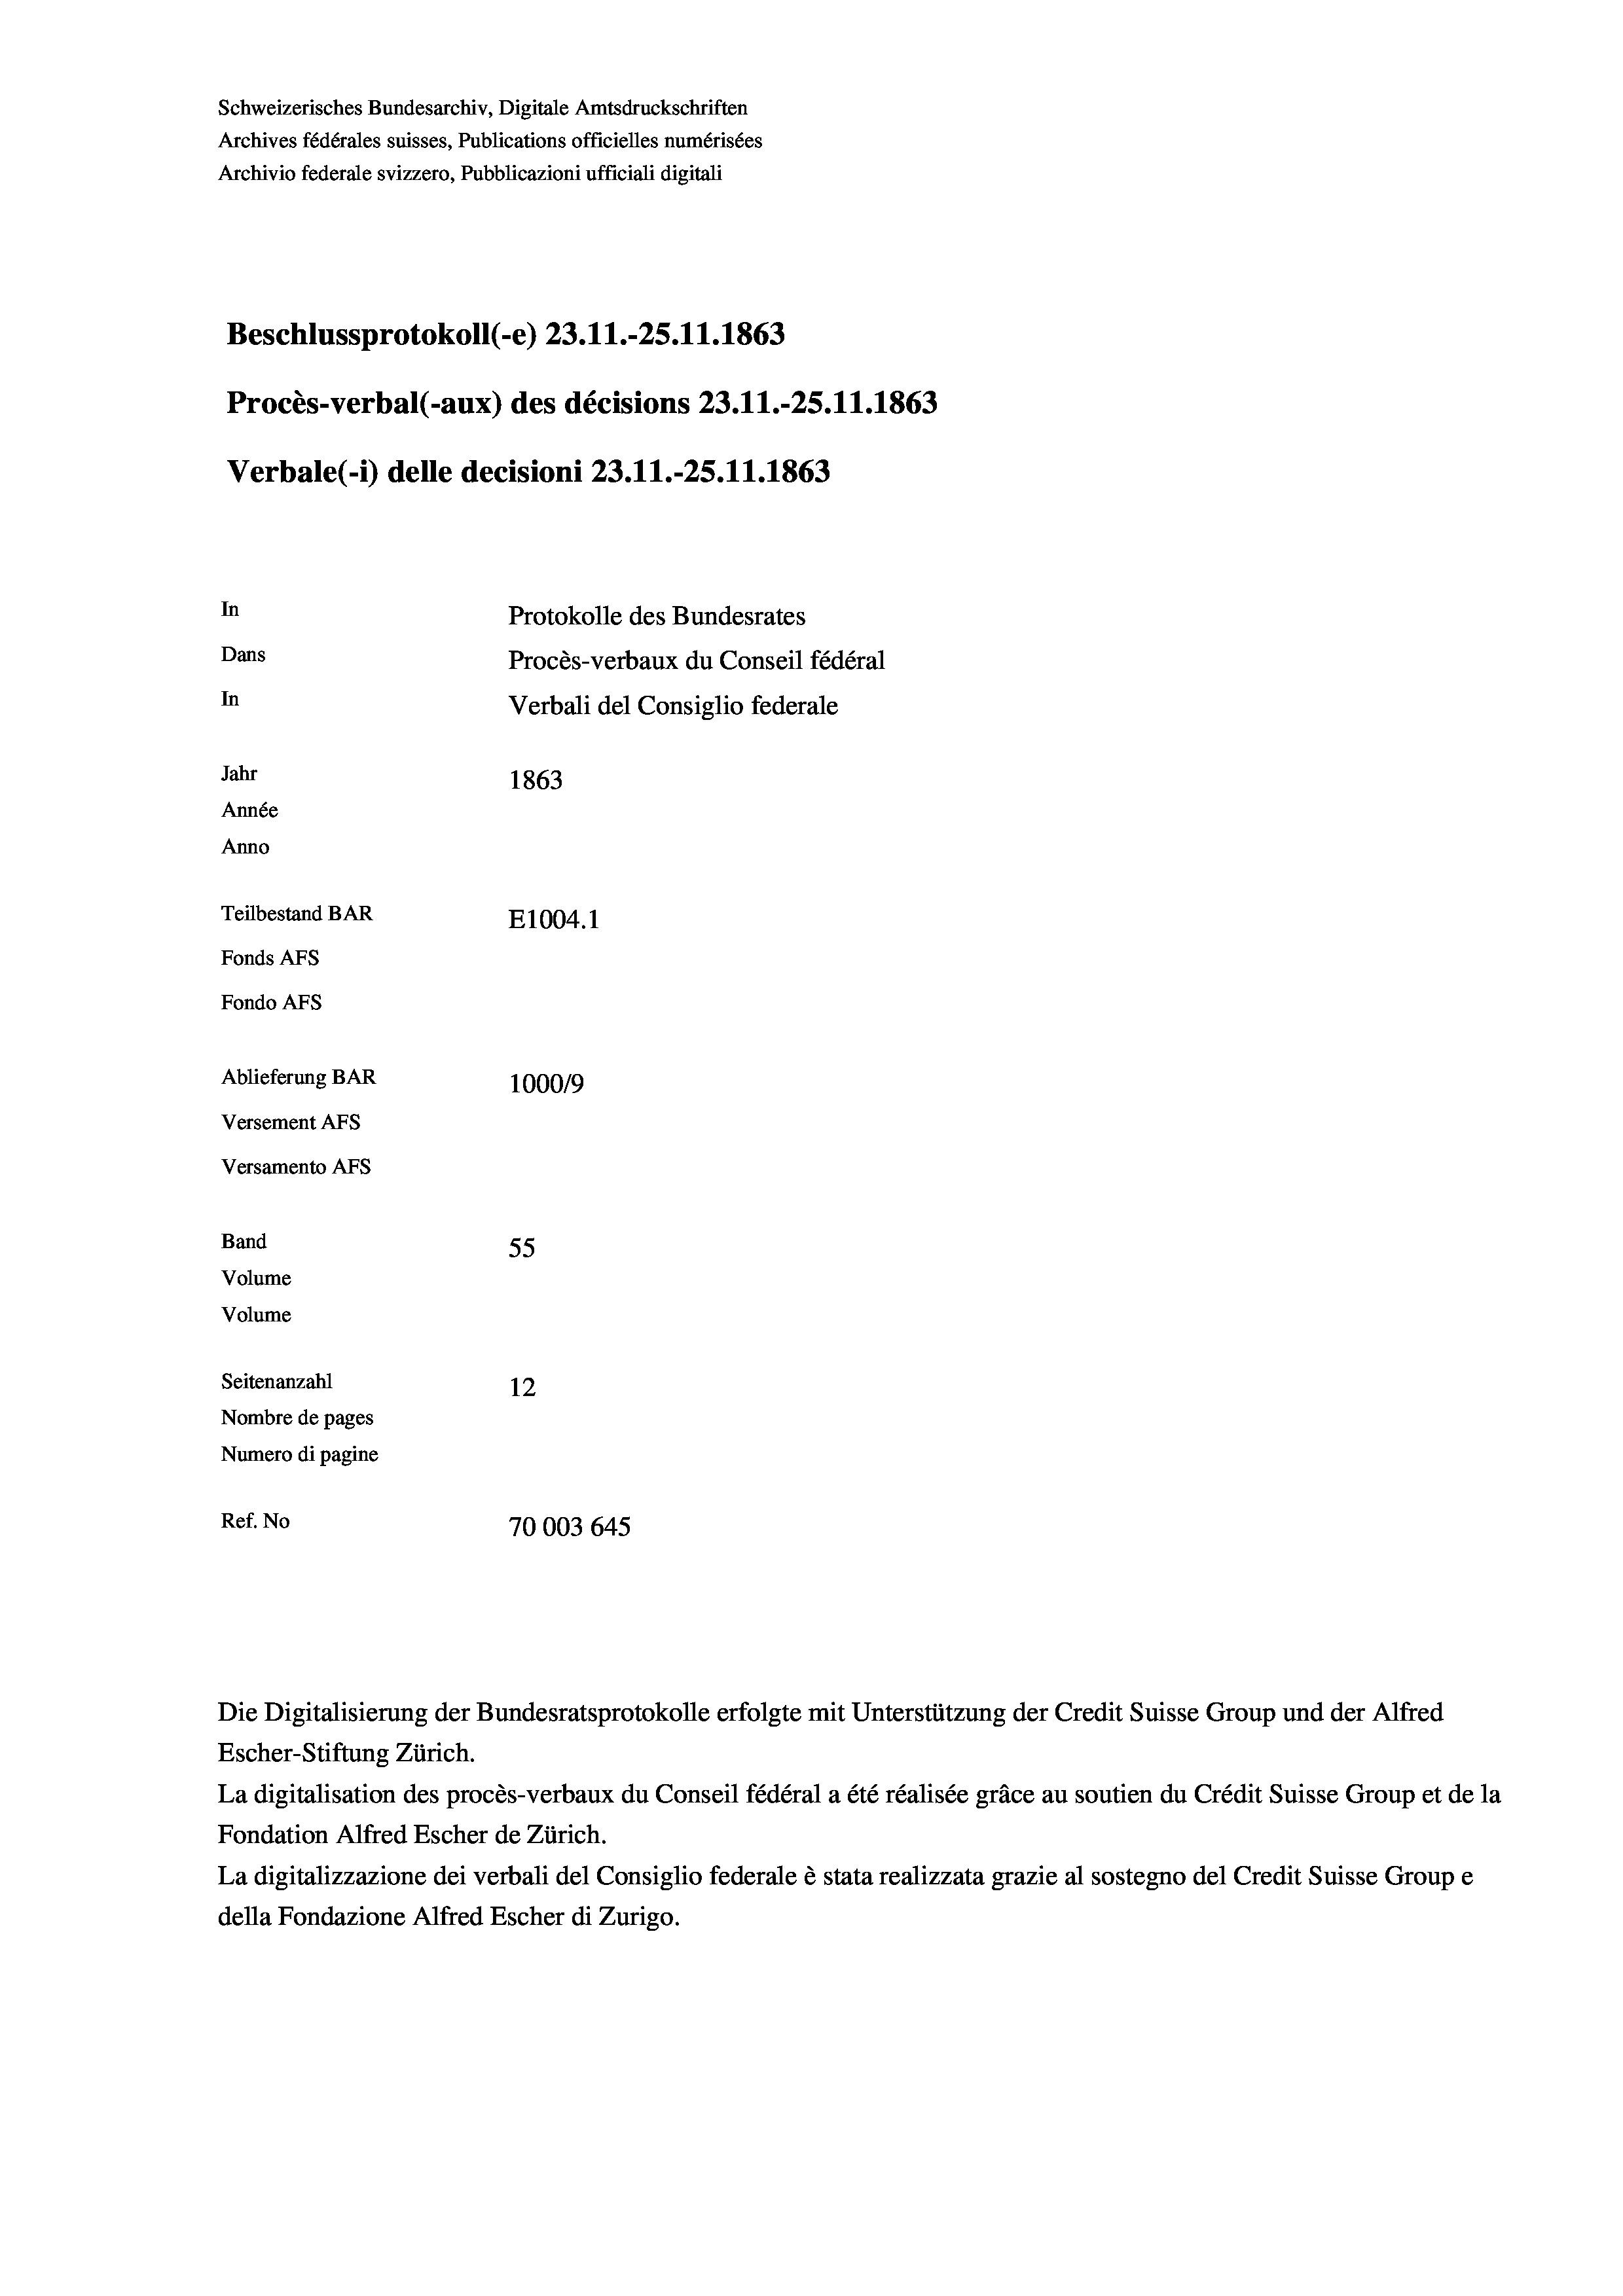
Schweizerisches Bundesarchiv, Digitale Amtsdruckschriften
Archives fédérales suisses, Publications officielles numérisées
Archivio federale svizzero, Pubblicazioni ufficiali digitali
Beschlussprotokoll (-e) 23. 11.-25. 11. 1863
Procès-verbal (-aux) des décisions 23.11.-25.11.1863
Verbale (- 1) delle decisioni 23.11.-25.11.1863
In
Protokolle des Bundesrates
Dans
Procès-verbaux du Conseil fédéral
In
Verbali del Consiglio federale
Jahr
1863
Année
Anno
Teilbestand BAR
E1004.1
Fonds AFs
Fondo AFs
Ablieferung BAR
100019
Versement As
Versamento AFs
Band
55
Volume
Volume
Seitenanzahl
12
Nombre de pages
Numero di pagine

Ref. No
70003 645

La digitalisation des procès-verbaux du Conseil fédéral a été réalisée gräce au soutien du Crédit Suisse Group et de la
Fondation Alfred Escher de Zürich.
La digitalizzazione dei verbali del Consiglio federale è stata realizzata grazie al sostegno del Credit Suisse Groupe
della Fondazione Alfred Escher di Zurigo.

Escher-Stiftung Zürich.

Die Digitalisierung der Bundesratsprotokolle erfolgte mit Unterstützung der Credit Suisse Group und der Alfred